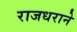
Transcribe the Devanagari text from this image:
राजधराने